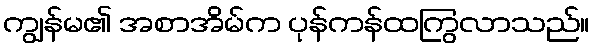
ကျွန်မ၏ အစာအိမ်က ပုန်ကန်ထကြွလာသည်။